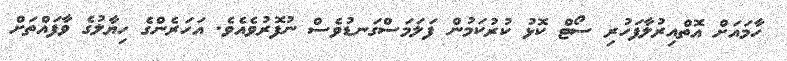
ހާމައަށް އޮތްއިރުލާފަހުރި ސޯޓް ކޮޅު ކުރުކަމުން ފަލަމަސްގަނޑުވެސް ނުފޮރުވެއެވެ. އަހަރެންގެ ހިޔާލުގެ ވާފައްތަށް